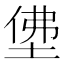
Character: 𡌅